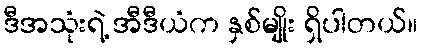
ဒီအသုံးရဲ့ အီဒီယံက နှစ်မျိုး ရှိပါတယ်။